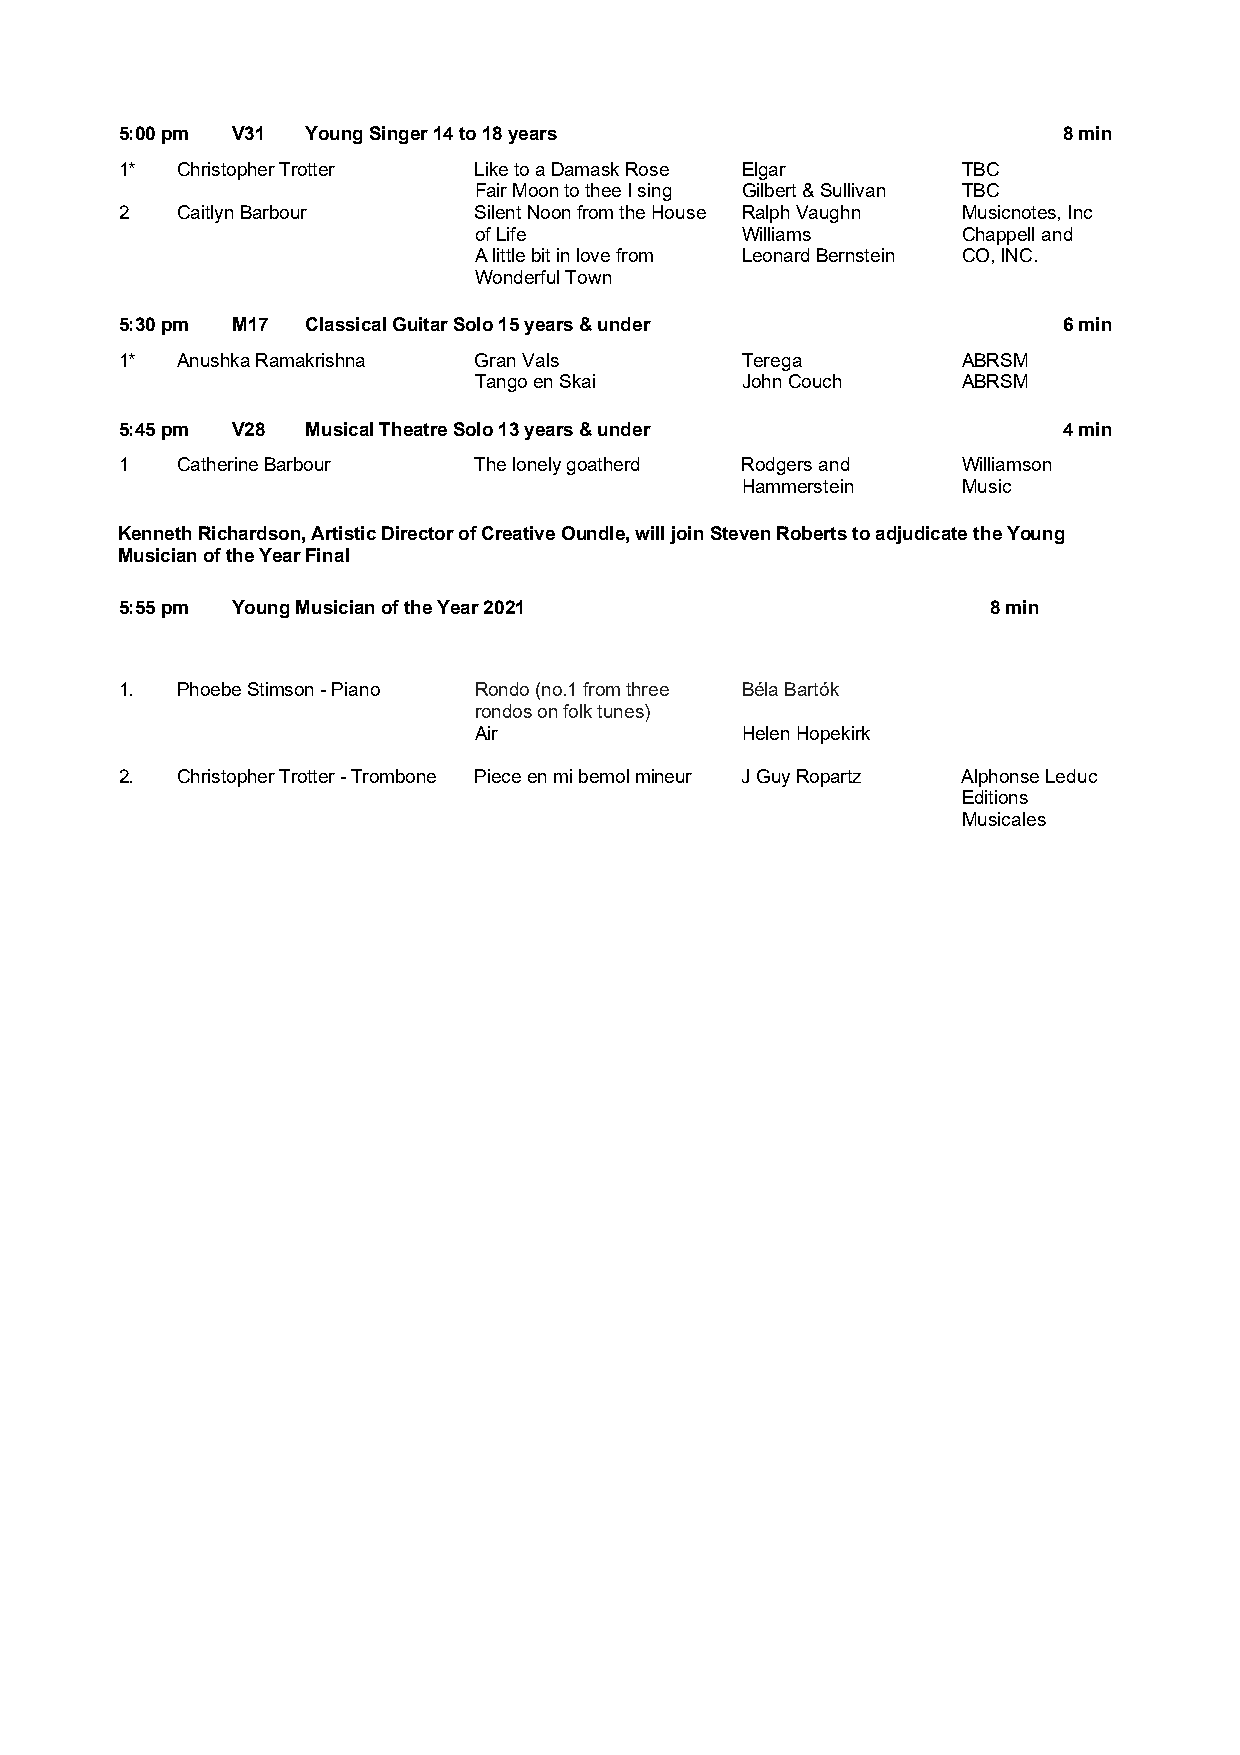
5:00 pm V31 Young Singer 14 to 18 years                       8 min
 1*  Christopher Trotter Like to a Damask Rose Elgar     TBC
 Fair Moon to thee I sing Gilbert & Sullivan TBC
 2   Caitlyn Barbour    Silent Noon from the House Ralph Vaughn Musicnotes, Inc
 of Life           Williams       Chappell and
 A little bit in love from Leonard Bernstein CO, INC.
 Wonderful Town
 5:30 pm M17 Classical Guitar Solo 15 years & under            6 min
 1*  Anushka Ramakrishna Gran Vals        Terega         ABRSM
 Tango en Skai     John Couch     ABRSM
 5:45 pm V28 Musical Theatre Solo 13 years & under             4 min
 1   Catherine Barbour  The lonely goatherd Rodgers and  Williamson
 Hammerstein    Music
 Kenneth Richardson, Artistic Director of Creative Oundle, will join Steven Roberts to adjudicate the Young
 Musician of the Year Final
 5:55 pm Young Musician of the Year 2021                   8 min
 1.  Phoebe Stimson - Piano Rondo (no.1 from three Béla Bartók
 rondos on folk tunes)
 Air               Helen Hopekirk
 2.  Christopher Trotter - Trombone Piece en mi bemol mineur J Guy Ropartz Alphonse Leduc
 Editions
 Musicales